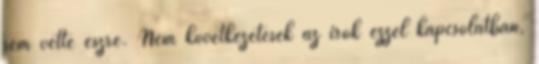
sem vette észre. Nem következetesek az írók ezzel kapcsolatban,